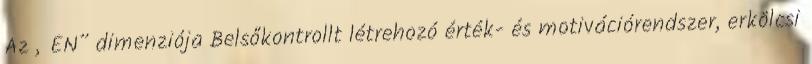
Az „ÉN” dimenziója Belsőkontrollt létrehozó érték- és motivációrendszer, erkölcsi